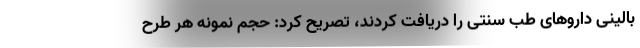
بالینی داروهای طب سنتی را دریافت کردند، تصریح کرد: حجم نمونه هر طرح